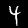
Label: 4